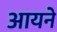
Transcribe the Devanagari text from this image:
आयने